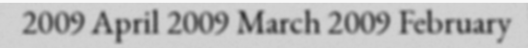
2009 April 2009 March 2009 February